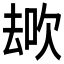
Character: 𱑩